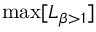
\mathrm { m a x } [ L _ { \beta > 1 } ]